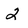
Character: 2